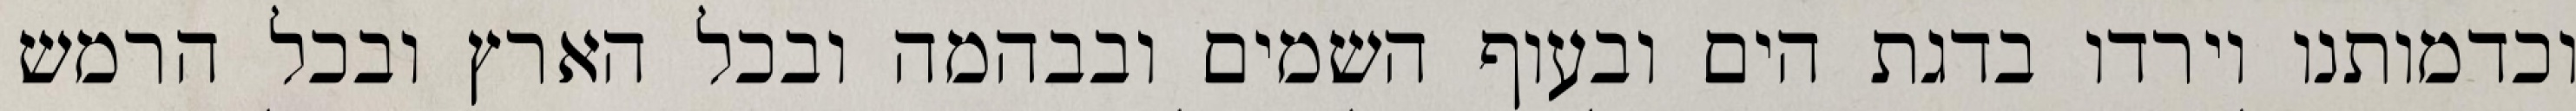
וכדמותנו וירדו בדגת הים ובעוף השמים ובבהמה ובכל הארץ ובכל הרמש